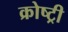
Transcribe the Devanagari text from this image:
क्रोष्ट्री